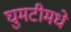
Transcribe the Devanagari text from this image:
घुमटीमधे